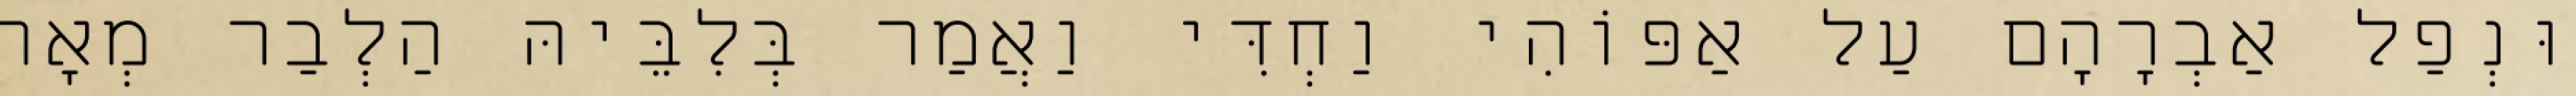
וּנְפַל אַבְרָהָם עַל אַפּוֹהִי וַחְדִּי וַאֲמַר בְּלִבֵּיהּ הַלְבַר מְאָה